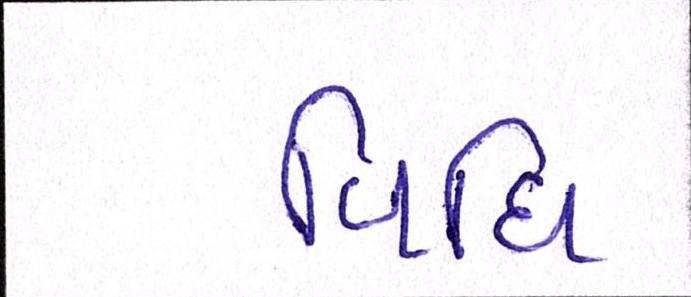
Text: વિધિ